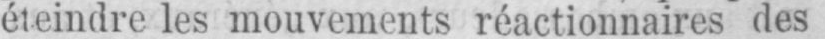
éteindre les mouvements réactionnaires des